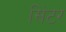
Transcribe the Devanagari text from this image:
सिंटर